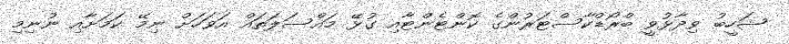
ޝަހީބު ވިދާޅުވީ ބްރޯޑްކާސްޓަރުންގެ ކޮންޓެންޓާއި ގުޅޭ މައްސަލަތައް އަވަހަށް ނިމޭ ކަމަށާއި ނުނިމި